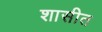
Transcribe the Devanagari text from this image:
शासीत